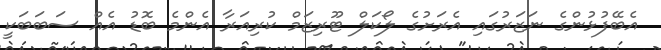
އެބޭފުޅުންގެ ނަޒަރުގައި އެރަށުގެ ލޯކަލް ޓޫރިޒަމް ކުރިއަރާ އެންމެ ބޮޑު އެއް ސަބަބަކީ